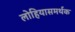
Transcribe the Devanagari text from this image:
लोहियासमर्थक